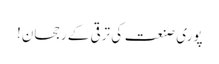
پوری صنعت کی ترقی کے رجحان!